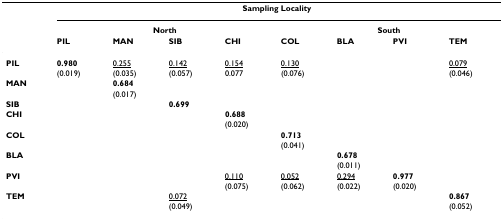
|  | <COLSPAN=8> Sampling Locality |
 |  | <COLSPAN=4> North | <COLSPAN=4> South |
 |  | PIL | MAN | SIB | CHI | COL | BLA | PVI | TEM |
 | --- | --- | --- | --- | --- | --- | --- | --- | --- |
 | PIL | 0.980 | <underline>0.255</underline> | <underline>0.142</underline> | <underline>0.154</underline> | <underline>0.130</underline> |  |  | <underline>0.079</underline> |
 |  | (0.019) | (0.035) | (0.057) | 0.077 | (0.076) |  |  | (0.046) |
 | MAN |  | 0.684 |  |  |  |  |  |  |
 |  |  | (0.017) |  |  |  |  |  |  |
 | SIB |  |  | 0.699 |  |  |  |  |  |
 | CHI |  |  |  | 0.688 |  |  |  |  |
 |  |  |  |  | (0.020) |  |  |  |  |
 | COL |  |  |  |  | 0.713 |  |  |  |
 |  |  |  |  |  | (0.041) |  |  |  |
 | BLA |  |  |  |  |  | 0.678 |  |  |
 |  |  |  |  |  |  | (0.011) |  |  |
 | PVI |  |  |  | <underline>0.110</underline> | <underline>0.052</underline> | <underline>0.294</underline> | 0.977 |  |
 |  |  |  |  | (0.075) | (0.062) | (0.022) | (0.020) |  |
 | TEM |  |  | <underline>0.072</underline> |  |  |  |  | 0.867 |
 |  |  |  | (0.049) |  |  |  |  | (0.052) |